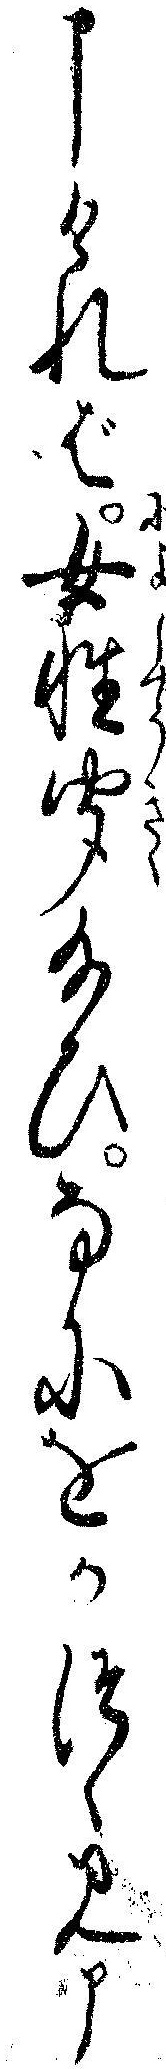
申ければ女性聞給ひなにをかつゝみ申